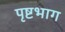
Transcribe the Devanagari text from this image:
पृष्टभाग